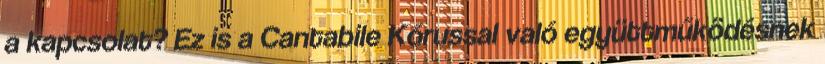
a kapcsolat? Ez is a Cantabile Kórussal való együttműködésnek